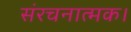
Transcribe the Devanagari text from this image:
संरचनात्मक।